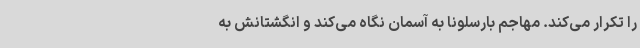
را تکرار می‌کند. مهاجم بارسلونا به آسمان نگاه می‌کند و انگشتانش به